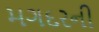
મગદરની